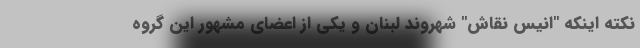
نکته اینکه "انیس نقاش" شهروند لبنان و یکی از اعضای مشهور این گروه